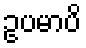
ဥပမာပိ